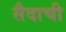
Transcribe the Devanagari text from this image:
सैदाची